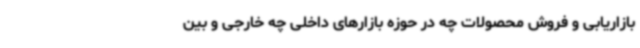
بازاریابی و فروش محصولات چه در حوزه بازارهای داخلی چه خارجی و بین